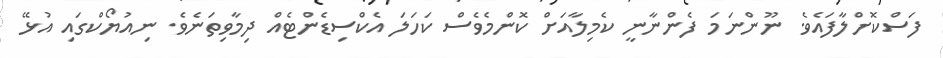
ފަސްކޮށްލާފައެވެ. ނޫންނަމަ ފެންނާނީ ކެމިލާއަށް ކޮންމެވެސް ކަހަލަ އެކްސިޑެންޓެއް ދިމާވިތަނެވެ. ނިއުޔޯކްގައި އުޅޭ